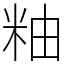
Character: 粙